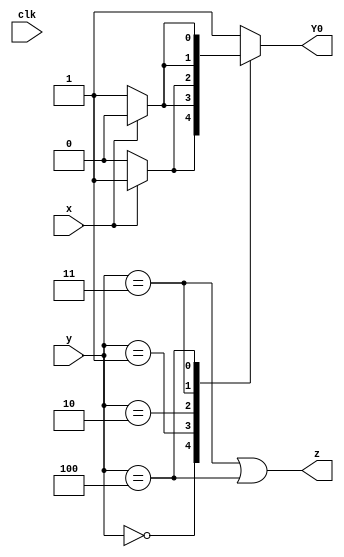
module top_module (
    input clk,
    input [2:0] y,
    input x,
    output Y0,
    output z
);

    reg [2:0] n_y;

    always @(*) begin
        case (y)
            3'b000: n_y = (x) ? 3'b001 : 3'b000;
            3'b001: n_y = (x) ? 3'b100 : 3'b001;
            3'b010: n_y = (x) ? 3'b001 : 3'b010;
            3'b011: n_y = (x) ? 3'b010 : 3'b001;
            3'b100: n_y = (x) ? 3'b100 : 3'b011;
            default: n_y = 1;
        endcase
    end

    assign Y0 = n_y[0];
    assign z = (y == 3'b011) | (y == 3'b100);

endmodule